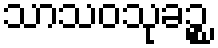
သာသဝသုခဉ္စ